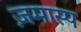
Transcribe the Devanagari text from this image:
ज़मास्प